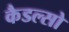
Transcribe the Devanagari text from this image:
कैडल्सो